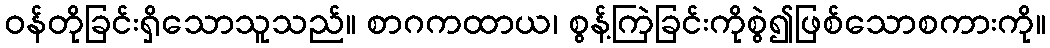
ဝန်တိုခြင်းရှိသောသူသည်။ စာဂကထာယ၊ စွန့်ကြဲခြင်းကိုစွဲ၍ဖြစ်သောစကားကို။